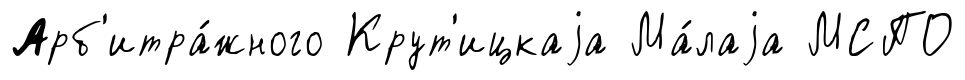
Арб'итра́жного Крут'ицкаjа Ма́лаjа МСПО